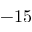
- 1 5